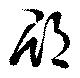
郡